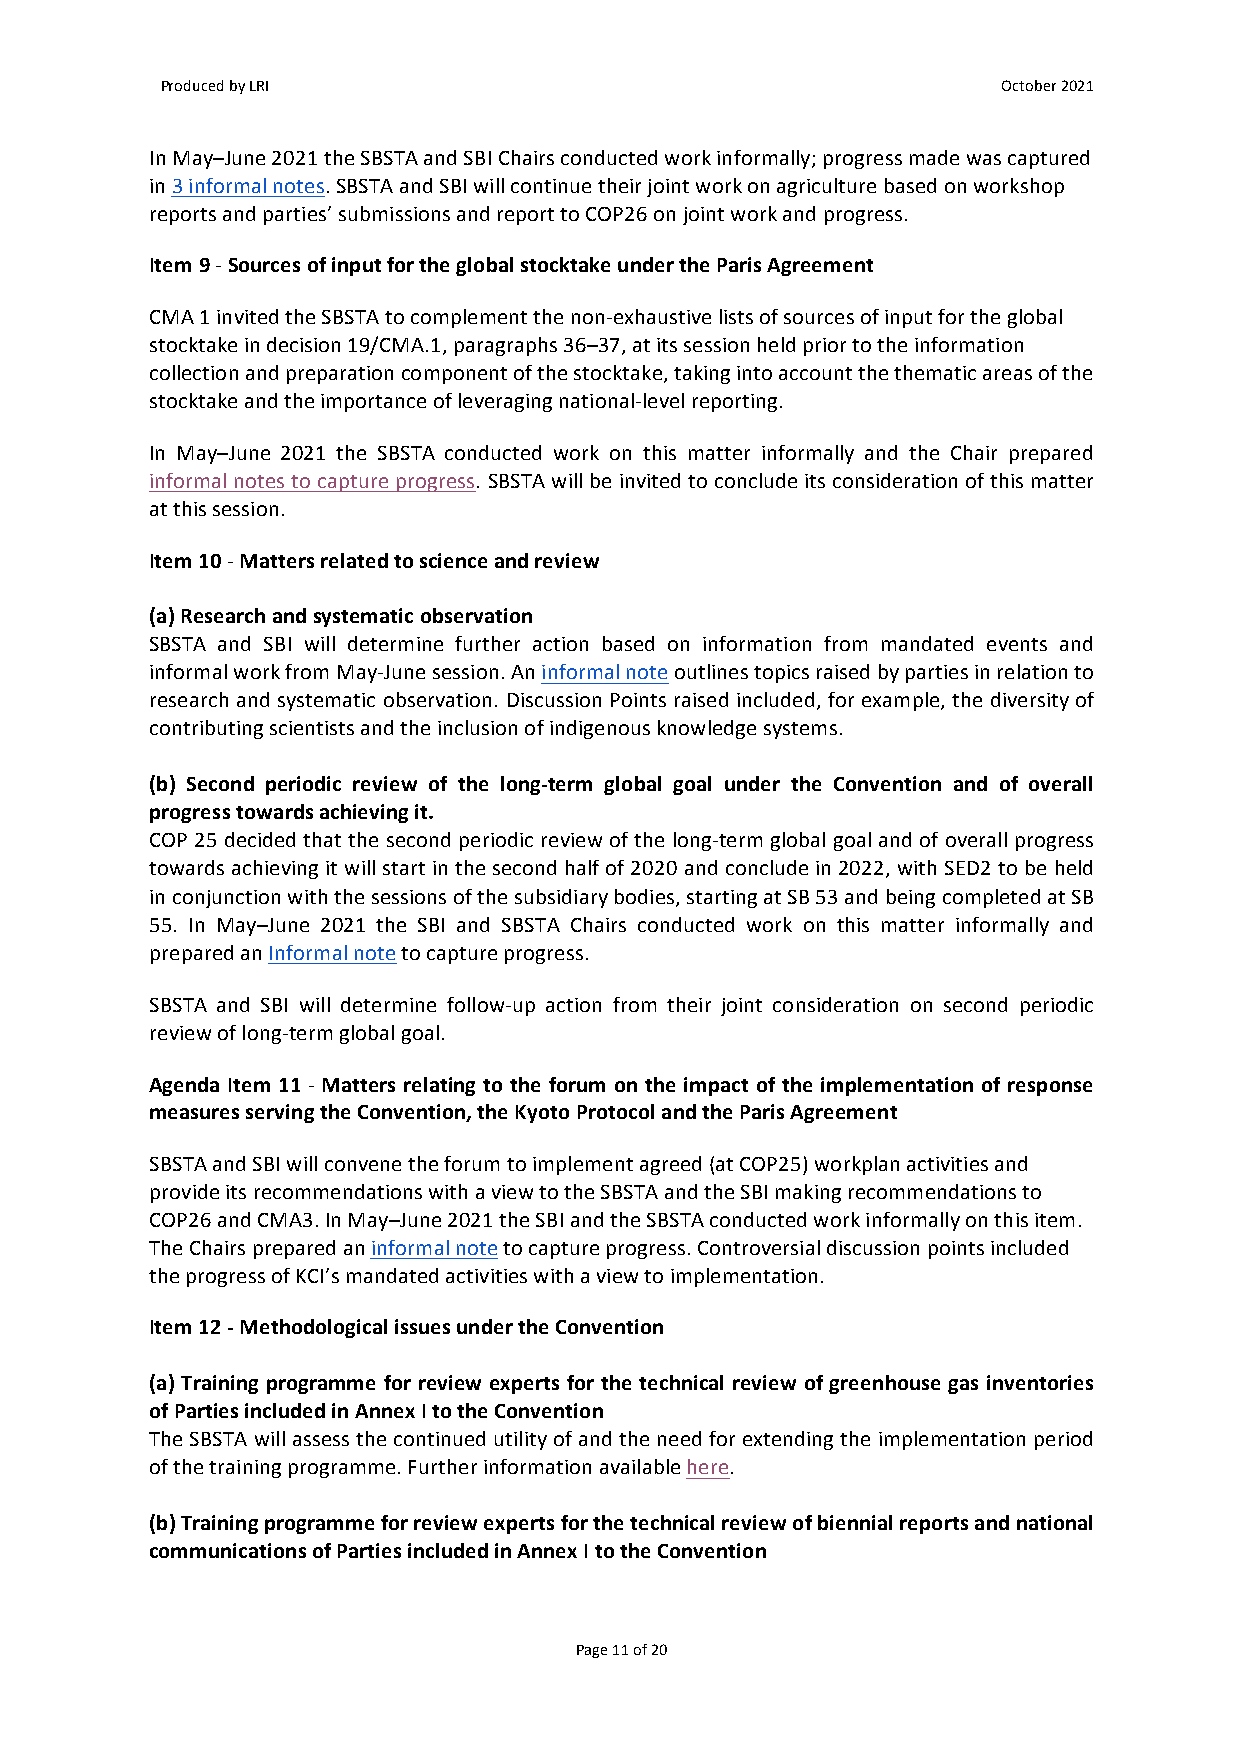
Produced by LRI                                        October 2021
 In May–June 2021 the SBSTA and SBI Chairs conducted work informally; progress made was captured
 in 3 informal notes. SBSTA and SBI will continue their joint work on agriculture based on workshop
 reports and parties’ submissions and report to COP26 on joint work and progress.
 Item 9 - Sources of input for the global stocktake under the Paris Agreement
 CMA 1 invited the SBSTA to complement the non-exhaustive lists of sources of input for the global
 stocktake in decision 19/CMA.1, paragraphs 36–37, at its session held prior to the information
 collection and preparation component of the stocktake, taking into account the thematic areas of the
 stocktake and the importance of leveraging national-level reporting.
 In May–June 2021 the SBSTA conducted work on this matter informally and the Chair prepared
 informal notes to capture progress. SBSTA will be invited to conclude its consideration of this matter
 at this session.
 Item 10 - Matters related to science and review
 (a) Research and systematic observation
 SBSTA and SBI will determine further action based on information from mandated events and
 informal work from May-June session. An informal note outlines topics raised by parties in relation to
 research and systematic observation. Discussion Points raised included, for example, the diversity of
 contributing scientists and the inclusion of indigenous knowledge systems.
 (b) Second periodic review of the long-term global goal under the Convention and of overall
 progress towards achieving it.
 COP 25 decided that the second periodic review of the long-term global goal and of overall progress
 towards achieving it will start in the second half of 2020 and conclude in 2022, with SED2 to be held
 in conjunction with the sessions of the subsidiary bodies, starting at SB 53 and being completed at SB
 55. In May–June 2021 the SBI and SBSTA Chairs conducted work on this matter informally and
 prepared an Informal note to capture progress.
 SBSTA and SBI will determine follow-up action from their joint consideration on second periodic
 review of long-term global goal.
 Agenda Item 11 - Matters relating to the forum on the impact of the implementation of response
 measures serving the Convention, the Kyoto Protocol and the Paris Agreement
 SBSTA and SBI will convene the forum to implement agreed (at COP25) workplan activities and
 provide its recommendations with a view to the SBSTA and the SBI making recommendations to
 COP26 and CMA3. In May–June 2021 the SBI and the SBSTA conducted work informally on this item.
 The Chairs prepared an informal note to capture progress. Controversial discussion points included
 the progress of KCI’s mandated activities with a view to implementation.
 Item 12 - Methodological issues under the Convention
 (a) Training programme for review experts for the technical review of greenhouse gas inventories
 of Parties included in Annex I to the Convention
 The SBSTA will assess the continued utility of and the need for extending the implementation period
 of the training programme. Further information available here.
 (b) Training programme for review experts for the technical review of biennial reports and national
 communications of Parties included in Annex I to the Convention
 Page 11 of 20